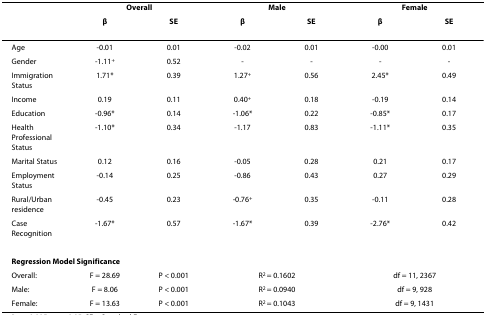
<table><thead><tr><td></td><td colspan="2"><b>Overall</b></td><td colspan="2"><b>Male</b></td><td colspan="2"><b>Female</b></td></tr><tr><td></td><td><b>β</b></td><td><b>SE</b></td><td><b>β</b></td><td><b>SE</b></td><td><b>β</b></td><td><b>SE</b></td></tr></thead><tbody><tr><td>Age</td><td>-0.01</td><td>0.01</td><td>-0.02</td><td>0.01</td><td>-0.00</td><td>0.01</td></tr><tr><td>Gender</td><td>-1.11<sup>+</sup></td><td>0.52</td><td>-</td><td>-</td><td>-</td><td>-</td></tr><tr><td>Immigration Status</td><td>1.71*</td><td>0.39</td><td>1.27<sup>+</sup></td><td>0.56</td><td>2.45*</td><td>0.49</td></tr><tr><td>Income</td><td>0.19</td><td>0.11</td><td>0.40<sup>+</sup></td><td>0.18</td><td>-0.19</td><td>0.14</td></tr><tr><td>Education</td><td>-0.96*</td><td>0.14</td><td>-1.06*</td><td>0.22</td><td>-0.85*</td><td>0.17</td></tr><tr><td>Health Professional Status</td><td>-1.10*</td><td>0.34</td><td>-1.17</td><td>0.83</td><td>-1.11*</td><td>0.35</td></tr><tr><td>Marital Status</td><td>0.12</td><td>0.16</td><td>-0.05</td><td>0.28</td><td>0.21</td><td>0.17</td></tr><tr><td>Employment Status</td><td>-0.14</td><td>0.25</td><td>-0.86</td><td>0.43</td><td>0.27</td><td>0.29</td></tr><tr><td>Rural/Urban residence</td><td>-0.45</td><td>0.23</td><td>-0.76<sup>+</sup></td><td>0.35</td><td>-0.11</td><td>0.28</td></tr><tr><td>Case Recognition</td><td>-1.67*</td><td>0.57</td><td>-1.67*</td><td>0.39</td><td>-2.76*</td><td>0.42</td></tr><tr><td colspan="7"><b>Regression Model Significance</b></td></tr><tr><td>Overall:</td><td>F = 28.69</td><td>P &lt; 0.001</td><td colspan="2">R<sup>2 </sup>= 0.1602</td><td colspan="2">df = 11, 2367</td></tr><tr><td>Male:</td><td>F = 8.06</td><td>P &lt; 0.001</td><td colspan="2">R<sup>2 </sup>= 0.0940</td><td colspan="2">df = 9, 928</td></tr><tr><td>Female:</td><td>F = 13.63</td><td>P &lt; 0.001</td><td colspan="2">R<sup>2 </sup>= 0.1043</td><td colspan="2">df = 9, 1431</td></tr></tbody></table>